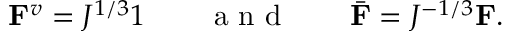
\mathbf { F } ^ { v } = J ^ { 1 / 3 } \boldsymbol { 1 } \qquad \mathrm { ~ a ~ n ~ d ~ } \qquad \bar { \mathbf { F } } = J ^ { - 1 / 3 } \mathbf { F } .